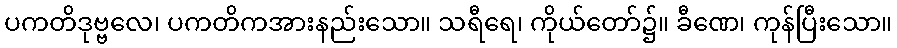
ပကတိဒုဗ္ဗလေ၊ ပကတိကအားနည်းသော။ သရီရေ၊ ကိုယ်တော်၌။ ခီဏေ၊ ကုန်ပြီးသော။